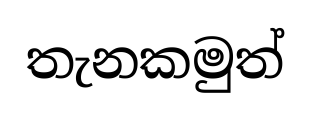
තැනකමුත්